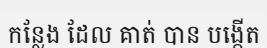
កន្លែង ដែល គាត់ បាន បង្កើត